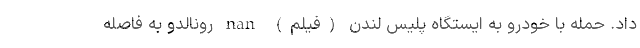
داد. حمله با خودرو به ایستگاه پلیس لندن (فیلم) nan رونالدو به فاصله